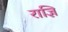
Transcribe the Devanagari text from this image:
राज्ञि